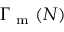
\Gamma _ { \mathrm { ~ m ~ } } ( N )